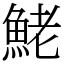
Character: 鮱